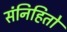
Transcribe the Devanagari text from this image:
संनिहितो